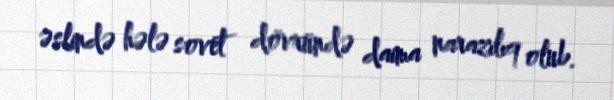
əslində hələ sovet dövründə daima narazılıq olub.